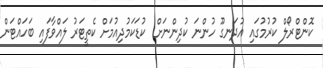
ކޮންޓްރޯލް ކުރުމުގައި އުދަނގޫ ހުންނަ ކުދިންނަށް  ކުޑަކަމުދިއުމަށް ކެތީޓަރު ލައްވާފައި ބަހައްޓަން